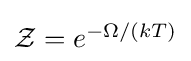
\textstyle {\mathcal {Z}}=e^{-\Omega /(kT)}